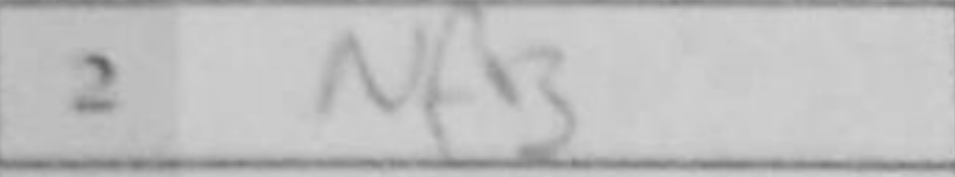
Transcription: Nf3